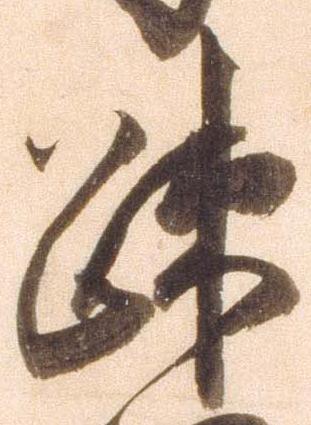
疎